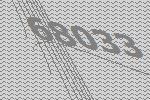
68033